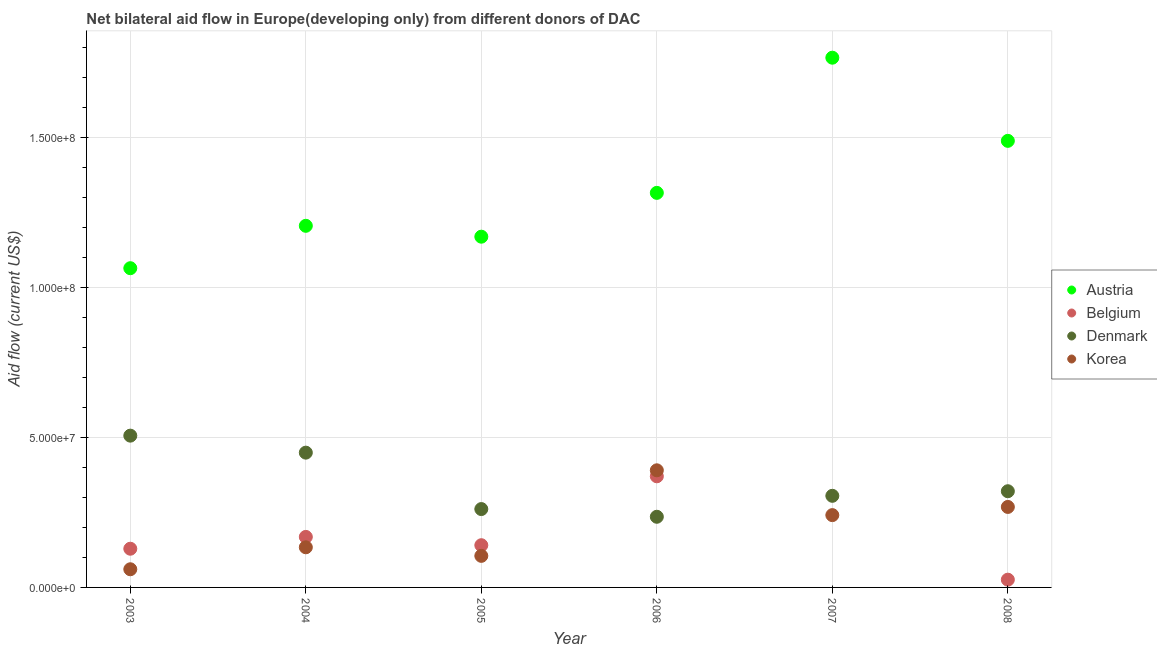
| Year | Austria | Belgium | Denmark | Korea |
 | --- | --- | --- | --- | --- |
 | 2003 | 1.06e+08 | 1.29e+07 | 5.06e+07 | 6.06e+06 |
 | 2004 | 1.21e+08 | 1.68e+07 | 4.5e+07 | 1.34e+07 |
 | 2005 | 1.17e+08 | 1.41e+07 | 2.61e+07 | 1.05e+07 |
 | 2006 | 1.32e+08 | 3.71e+07 | 2.36e+07 | 3.91e+07 |
 | 2007 | 1.77e+08 | -2.56e+06 | 3.06e+07 | 2.41e+07 |
 | 2008 | 1.49e+08 | 2.59e+06 | 3.21e+07 | 2.68e+07 |